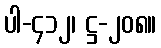
ပါ-၄၁၂၊ ဋ္ဌ-၂၀၈။